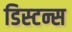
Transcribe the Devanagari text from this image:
डिस्‍टन्स